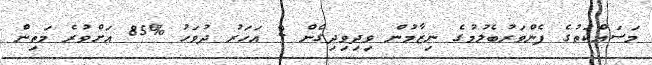
މަސައްކަތުގެ ފެންވަރުބެލުމުގެ ނިޒާމުން ވިދިވިދިގެން 2 އަހަރު ދުވަހު %85 އަށްވުރެ މަތިން